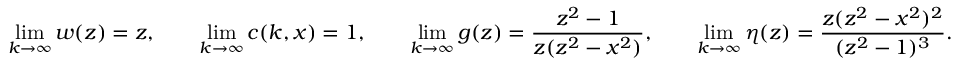
\operatorname* { l i m } _ { k \rightarrow \infty } w ( z ) = z , \qquad \operatorname* { l i m } _ { k \rightarrow \infty } c ( k , x ) = 1 , \qquad \operatorname* { l i m } _ { k \rightarrow \infty } g ( z ) = \frac { z ^ { 2 } - 1 } { z ( z ^ { 2 } - x ^ { 2 } ) } , \qquad \operatorname* { l i m } _ { k \rightarrow \infty } \eta ( z ) = \frac { z ( z ^ { 2 } - x ^ { 2 } ) ^ { 2 } } { ( z ^ { 2 } - 1 ) ^ { 3 } } .